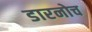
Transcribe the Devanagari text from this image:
डारनोच